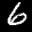
Label: 6